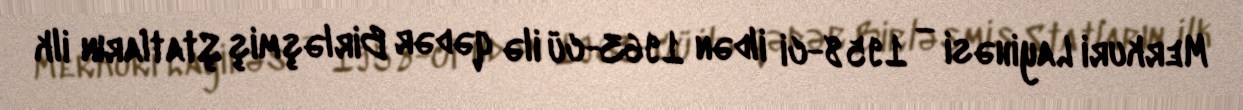
Merkuri Layihəsi — 1958-ci ildən 1963-cü ilə qədər Birləşmiş Ştatların ilk